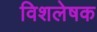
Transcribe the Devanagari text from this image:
विशलेषक